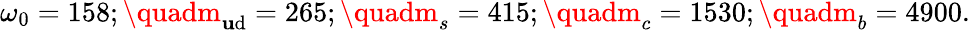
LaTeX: \omega_{0}=158;\quadm_{\mathbf{u}\mathrm{d}}=265;\quadm_{s}=415;\quadm_{c}=1530;\quadm_{b}=4900.